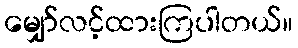
မျှော်လင့်ထားကြပါတယ်။